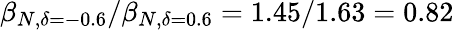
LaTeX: \beta_{N,\delta=-0.6}/\beta_{N,\delta=0.6}=1.45/1.63=0.82